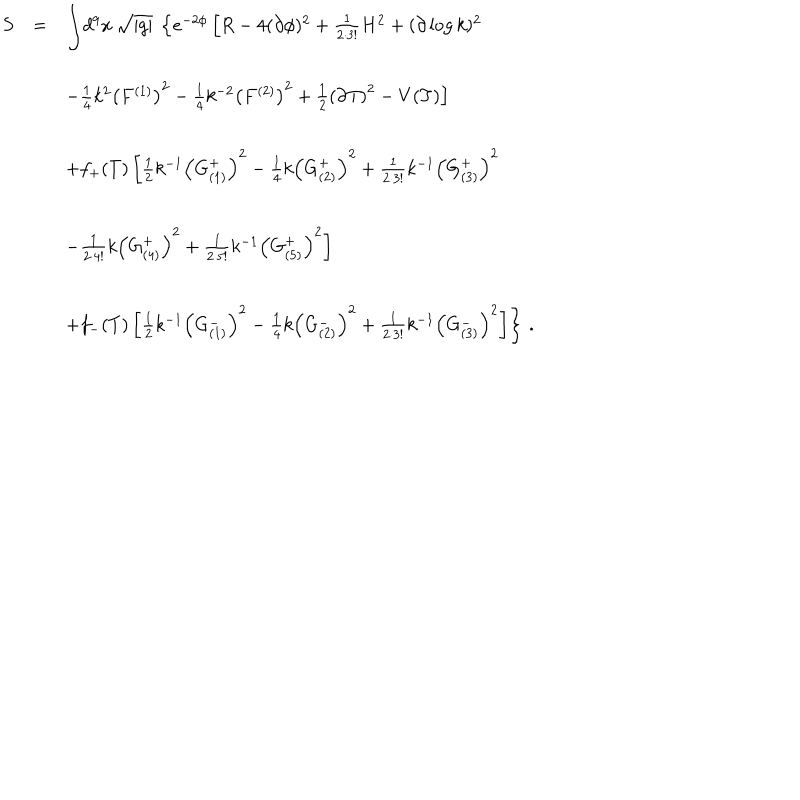
\begin{array} { r c l } { { S } } & { { = } } & { { { \displaystyle \int } d ^ { 9 } x \, \sqrt { | g | } \ \left\{ e ^ { - 2 \phi } \left[ R - 4 ( \partial \phi ) ^ { 2 } + { \textstyle \frac { 1 } { 2 \cdot 3 ! } } H ^ { 2 } + ( \partial \log { k } ) ^ { 2 } \right. \right. } } \\ { { } } & { { } } & { { } } \\ { { } } & { { } } & { { \hspace { 3 . 5 c m } \left. - { \textstyle \frac { 1 } { 4 } } k ^ { 2 } \left( F ^ { ( 1 ) } \right) ^ { 2 } - { \textstyle \frac { 1 } { 4 } } k ^ { - 2 } \left( F ^ { ( 2 ) } \right) ^ { 2 } + \textstyle { \frac { 1 } { 2 } } \left( \partial T \right) ^ { 2 } - V ( T ) \right] } } \\ { { } } & { { } } & { { } } \\ { { } } & { { } } & { { \hspace { 2 c m } + f _ { + } ( T ) \left[ \frac { 1 } { 2 } k ^ { - 1 } \left( G _ { ( 1 ) } ^ { + } \right) ^ { 2 } - \frac { 1 } { 4 } k \left( G _ { ( 2 ) } ^ { + } \right) ^ { 2 } + \frac { 1 } { 2 \cdot 3 ! } k ^ { - 1 } \left( G _ { ( 3 ) } ^ { + } \right) ^ { 2 } \right. } } \\ { { } } & { { } } & { { } } \\ { { } } & { { } } & { { \hspace { 3 c m } \left. - \frac { 1 } { 2 \cdot 4 ! } k \left( G _ { ( 4 ) } ^ { + } \right) ^ { 2 } + \frac { 1 } { 2 \cdot 5 ! } k ^ { - 1 } \left( G _ { ( 5 ) } ^ { + } \right) ^ { 2 } \right] } } \\ { { } } & { { } } & { { } } \\ { { } } & { { } } & { { \hspace { 2 c m } \left. + f _ { - } ( T ) \left[ \frac { 1 } { 2 } k ^ { - 1 } \left( G _ { ( 1 ) } ^ { - } \right) ^ { 2 } - \frac { 1 } { 4 } k \left( G _ { ( 2 ) } ^ { - } \right) ^ { 2 } + \frac { 1 } { 2 \cdot 3 ! } k ^ { - 1 } \left( G _ { ( 3 ) } ^ { - } \right) ^ { 2 } \right] \right\} \, . } } \\ \end{array}